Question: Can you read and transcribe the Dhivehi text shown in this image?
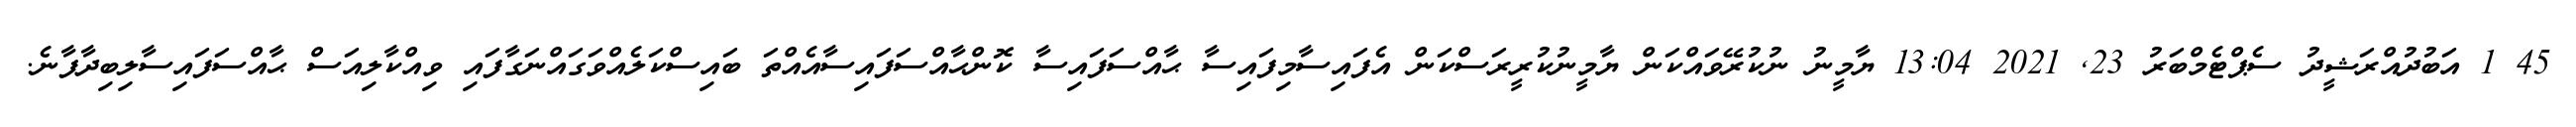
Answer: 45 1 އަބުދުއްރަޝީދު ސެޕްޓެމްބަރު 23, 2021 13:04 ޔާމީނު ނުކުރޭވައްކަން ޔާމީނުކުރީރަސްކަން އެފައިސާމިފައިސާ ޙާއްސަފައިސާ ކޮންޙާއްސަފައިސާއެއްތަ ބައިސްކަލެއްވަގައްނަގާފައި ވިއްކާލިއަސް ޙާއްސަފައިސާލިބިދާފާނެ.